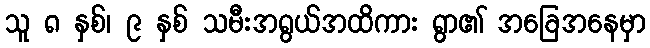
သူ ၈ နှစ်၊ ၉ နှစ် သမီးအရွယ်အထိကား ရွာ၏ အခြေအနေမှာ